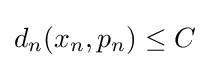
d_{n}(x_{n},p_{n})\leq C